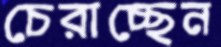
চেরাচ্ছেন